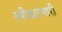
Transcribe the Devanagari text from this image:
स्वीकारणारी